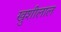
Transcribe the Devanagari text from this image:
खुशीलाल